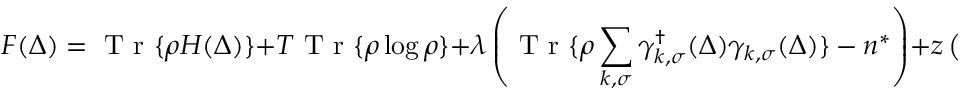
F ( \Delta ) = \mathrm { ~ T ~ r ~ } \{ \rho H ( \Delta ) \} + T \mathrm { ~ T ~ r ~ } \{ \rho \log \rho \} + \lambda \left( \mathrm { ~ T ~ r ~ } \{ \rho \sum _ { k , \sigma } \gamma _ { k , \sigma } ^ { \dag } ( \Delta ) \gamma _ { k , \sigma } ( \Delta ) \} - n ^ { * } \right) + z \left( \mathrm { ~ T ~ r ~ } \{ \rho \} - 1 \right) ,